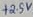
Text: +2.5V